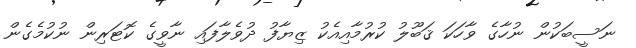
ނަސީބަކުން ނުހާގެ ވާހަކަ ޤަބޫލު ކުރުމާއިއެކު ޒިޔާފު ދުވެލާފައި ނާވީގެ ކޮޓަރިން ނުކުމެގެން